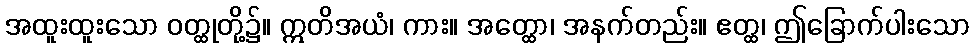
အထူးထူးသော ဝတ္ထုတို့၌။ ဣတိအယံ၊ ကား။ အတ္ထော၊ အနက်တည်း။ ဧတ္ထ၊ ဤခြောက်ပါးသော